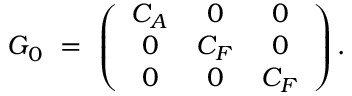
G _ { 0 } \ = \ \left( \begin{array} { c c c } { { C _ { A } } } & { { 0 } } & { { 0 } } \\ { { 0 } } & { { C _ { F } } } & { { 0 } } \\ { { 0 } } & { { 0 } } & { { C _ { F } } } \end{array} \right) .